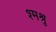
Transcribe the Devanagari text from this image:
श्मश्रु